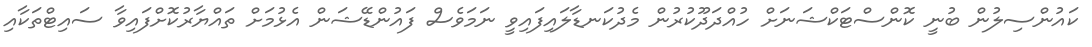
ކައުންސިލުން ބުނީ ކޮންސްޓަކްޝަނަށް ހުއްދަދޫކުރުން މެދުކަނޑާލައިފައިވީ ނަމަވެސް ފައުންޑޭޝަން އެޅުމަށް ތައްޔާރުކޮށްފައިވާ ސައިޓްތަކާއި